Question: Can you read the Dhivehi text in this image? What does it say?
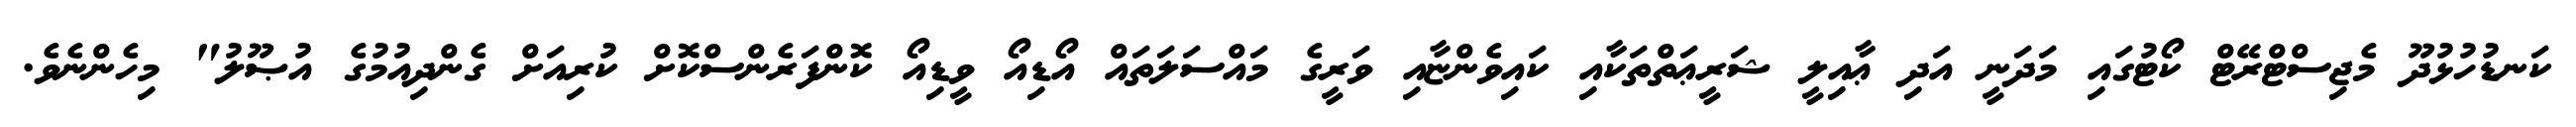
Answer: ކަނޑުހުޅުދޫ މެޖިސްޓްރޭޓް ކޯޓުގައި މަދަނީ އަދި ޢާއިލީ ޝަރީޢަތްތަކާއި ކައިވެންޏާއި ވަރީގެ މައްސަލަތައް އޯޑިއޯ ވީޑިއޯ ކޮންފަރެންސްކޮށް ކުރިއަށް ގެންދިއުމުގެ އުޞޫލު" މިހެންނެވެ.